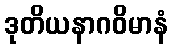
ဒုတိယနာဂဝိမာနံ